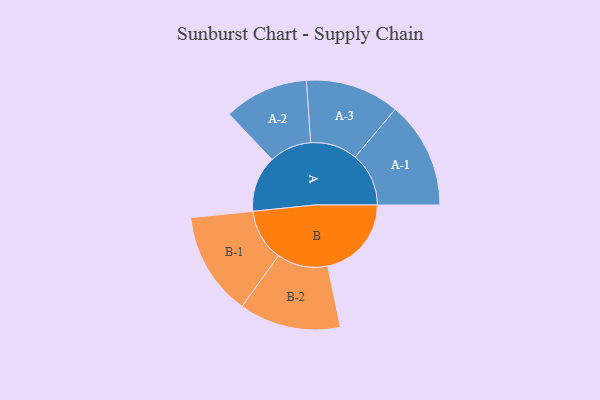
{"axis": {"x": "Segment", "y": "Value"}, "legend": ["", "A", "B"], "data": [{"x": "A", "y": 266, "type": ""}, {"x": "B", "y": 397, "type": ""}, {"x": "A-1", "y": 254, "type": "A"}, {"x": "A-2", "y": 200, "type": "A"}, {"x": "A-3", "y": 223, "type": "A"}, {"x": "B-1", "y": 246, "type": "B"}, {"x": "B-2", "y": 241, "type": "B"}]}